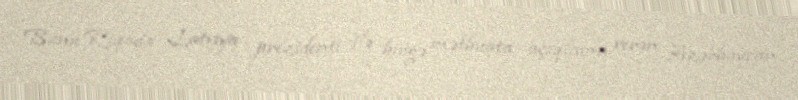
Bunu Riqada Latviya prezidenti ilə birgə mətbuata açıqlama verən Azərbaycan